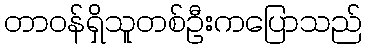
တာဝန်ရှိသူတစ်ဦးကပြောသည်